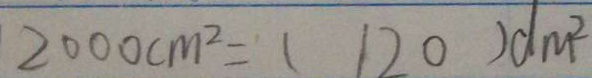
2 0 0 0 c m ^ { 2 } = ( 1 2 0 ) d m ^ { 2 }